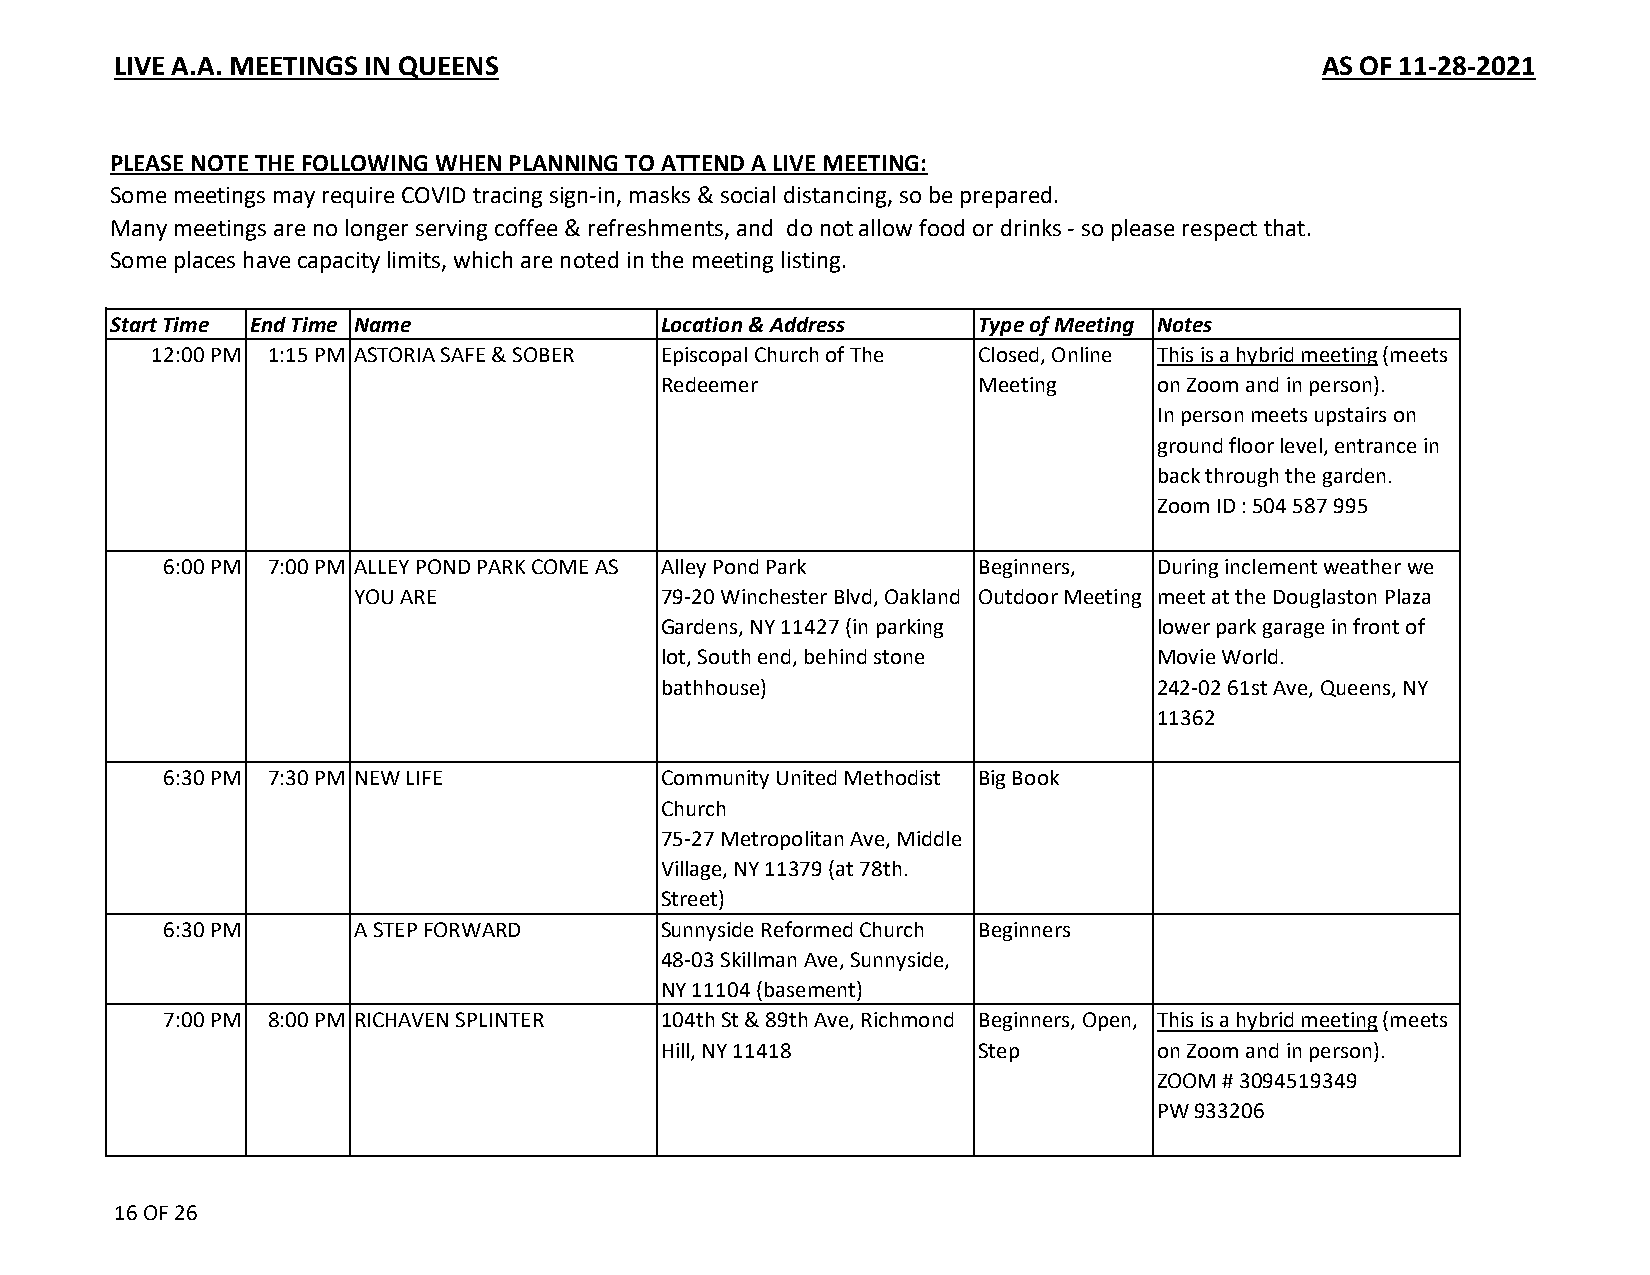
LIVE A.A. MEETINGS IN QUEENS                                                    AS OF 11-28-2021
 PLEASE NOTE THE FOLLOWING WHEN PLANNING TO ATTEND A LIVE MEETING:
 Some meetings may require COVID tracing sign-in, masks & social distancing, so be prepared.
 Many meetings are no longer serving coffee & refreshments, and do not allow food or drinks - so please respect that.
 Some places have capacity limits, which are noted in the meeting listing.
 Start Time End Time Name            Location & Address   Type of Meeting Notes
 12:00 PM 1:15 PM ASTORIA SAFE & SOBER Episcopal Church of The Closed, Online This is a hybrid meeting (meets
 Redeemer             Meeting     on Zoom and in person).
 In person meets upstairs on
 ground floor level, entrance in
 back through the garden.
 Zoom ID : 504 587 995
 6:00 PM 7:00 PM ALLEY POND PARK COME AS Alley Pond Park Beginners, During inclement weather we
 YOU ARE             79-20 Winchester Blvd, Oakland Outdoor Meeting meet at the Douglaston Plaza
 Gardens, NY 11427 (in parking    lower park garage in front of
 lot, South end, behind stone     Movie World.
 bathhouse)                       242-02 61st Ave, Queens, NY
 11362
 6:30 PM 7:30 PM NEW LIFE         Community United Methodist Big Book
 Church
 75-27 Metropolitan Ave, Middle
 Village, NY 11379 (at 78th.
 Street)
 6:30 PM      A STEP FORWARD      Sunnyside Reformed Church Beginners
 48-03 Skillman Ave, Sunnyside,
 NY 11104 (basement)
 7:00 PM 8:00 PM RICHAVEN SPLINTER 104th St & 89th Ave, Richmond Beginners, Open, This is a hybrid meeting (meets
 Hill, NY 11418       Step        on Zoom and in person).
 ZOOM # 3094519349
 PW 933206
 16 OF 26